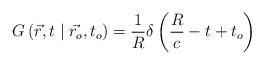
LaTeX: \begin{align*}G\left(\vec{r},t\mid\vec{r_o},t_o\right)=\frac{1}{R}\delta\left(\frac{R}{c}-t+t_o\right)\end{align*}